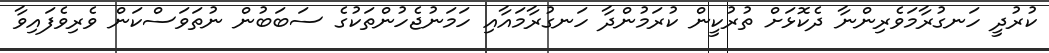
ކުރުދީ ހަނގުރާމަވެރިންނާ ދެކޮޅަށް ތުރުކީން ކުރަމުންދާ ހަނގުރާމައާއި ހަމަނުޖެހުންތަކުގެ ސަބަބުން ނުތަވަސްކަން ވެރިވެފައިވާ